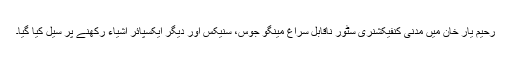
رحیم یار خان میں مدنی کنفیکشنری سٹور ناقابل سراغ مینگو جوس، سنیکس اور دیگر ایکسپائر اشیاء رکھنے پر سیل کیا گیا۔